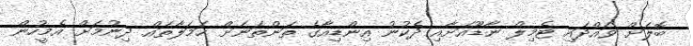
ބޮލަށް ވައްދައި ޓެމިލް ނާޑޫއަށާއި ދެކުނު އިންޑިއާގެ ތަންތަނަށް ހަމަލާތައް ދިނުމަށް އެމީހުން